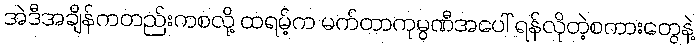
အဲဒီအချိန်ကတည်းကစလို့ ထရမ့်က မက်တာကုမ္ပဏီအပေါ် ရန်လိုတဲ့စကားတွေနဲ့